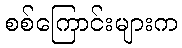
စစ်ကြောင်းများက